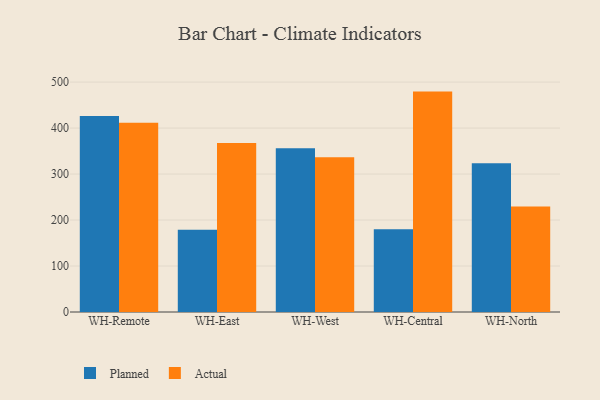
{"axis": {"x": "Warehouse", "y": "Backlog"}, "legend": ["Actual", "Planned"], "data": [{"x": "WH-Remote", "y": 426.1, "type": "Planned"}, {"x": "WH-Remote", "y": 411.4, "type": "Actual"}, {"x": "WH-East", "y": 178.6, "type": "Planned"}, {"x": "WH-East", "y": 367.7, "type": "Actual"}, {"x": "WH-West", "y": 356.3, "type": "Planned"}, {"x": "WH-West", "y": 336.5, "type": "Actual"}, {"x": "WH-Central", "y": 180.1, "type": "Planned"}, {"x": "WH-Central", "y": 479.3, "type": "Actual"}, {"x": "WH-North", "y": 323.7, "type": "Planned"}, {"x": "WH-North", "y": 229.6, "type": "Actual"}]}